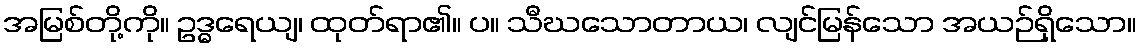
အမြစ်တို့ကို။ ဥဒ္ဓရေယျ၊ ထုတ်ရာ၏။ ပ။ သီဃသောတာယ၊ လျင်မြန်သော အယဉ်ရှိသော။